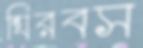
ঘিরবস